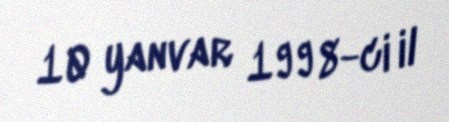
10 yanvar 1998-ci il